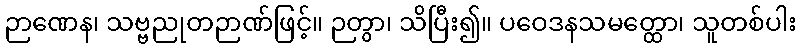
ဉာဏေန၊ သဗ္ဗညုတဉာဏ်ဖြင့်။ ဉတွာ၊ သိပြီး၍။ ပဝေဒနသမတ္ထော၊ သူတစ်ပါး